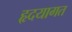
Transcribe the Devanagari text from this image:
हृदयागत